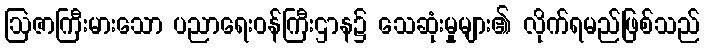
ဩဇာကြီးမားသော ပညာရေးဝန်ကြီးဌာန၌ သေဆုံးမှုများ၏ လိုက်ရမည်ဖြစ်သည်